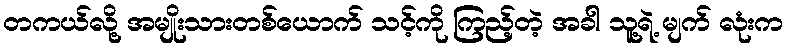
တကယ်လို့ အမျိုးသားတစ်ယောက် သင့်ကို ကြည့်တဲ့ အခါ သူ့ရဲ့ မျက် လုံးက